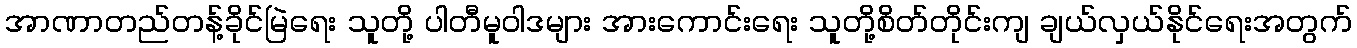
အာဏာတည်တန့်ခိုင်မြဲရေး သူတို့ ပါတီမူဝါဒများ အားကောင်းရေး သူတို့စိတ်တိုင်းကျ ချယ်လှယ်နိုင်ရေးအတွက်